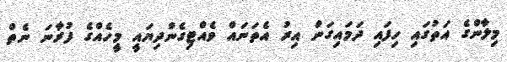
މިލާންގެ އަތުގައި ހިފައި ދަމައިގަން އިރު އެތަނައް ވެއްޓިގެންދިޔައީ މީހެއްގެ ފުރާނަ ނެތް